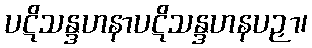
ပဋိသန္ဒဟနာပဋိသန္ဒဟနပဉှာ၊